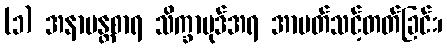
(၁) အနာမန္တစာရ သိက္ခာပုဒ်အရ အာပတ်သင့်တတ်ခြင်း၊